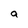
Character: a